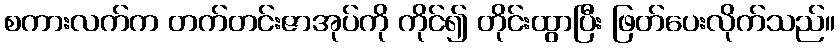
စကားလက်က တက်တင်းဇာအုပ်ကို ကိုင်၍ တိုင်းထွာပြီး ဖြတ်ပေးလိုက်သည်။